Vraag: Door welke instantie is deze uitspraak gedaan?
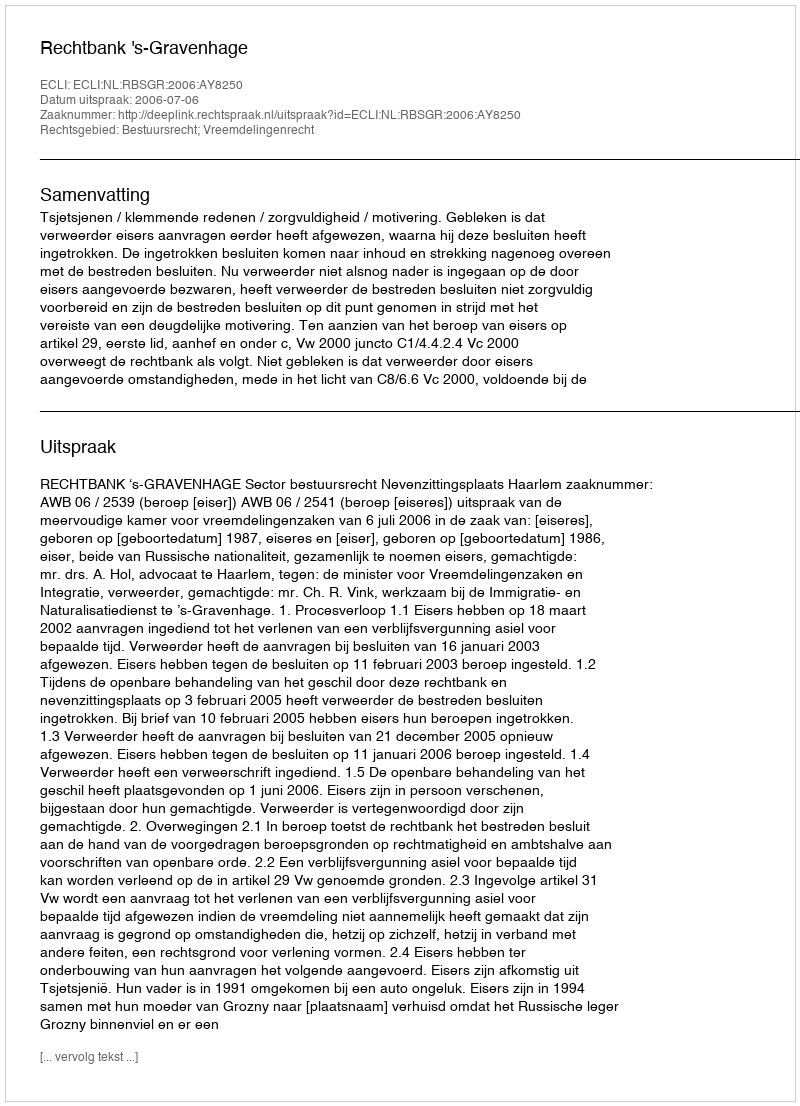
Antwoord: Rechtbank 's-Gravenhage